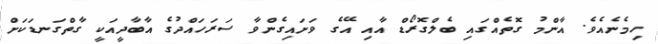
ހިމެނެއެވެ. އާންމު ގޮތެއްގައި ބެލްގޮރޯޑް އާއި އޭގެ ވަށައިގެންވާ ސަރަހައްދުގެ އާބާދީއަކީ ގާތްގަނޑަކަށް